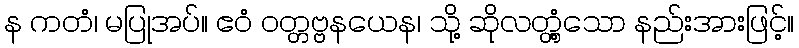
န ကတံ၊ မပြုအပ်။ ဧဝံ ဝတ္တဗ္ဗနယေန၊ သို့ ဆိုလတ္တံ့သော နည်းအားဖြင့်။